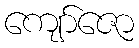
ကျော်ဇော